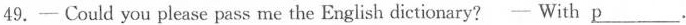
49.—Could you please pass me the English dictionary? —With \underline{p}.